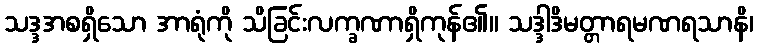
သဒ္ဒအစရှိသော အာရုံကို သိခြင်းလက္ခဏာရှိကုန်၏။ သဒ္ဒါဒိမတ္တာရမဏရသာနိ၊